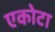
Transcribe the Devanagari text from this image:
एकोटा